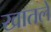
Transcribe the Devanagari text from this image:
खातले